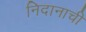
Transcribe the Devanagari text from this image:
निदानाची